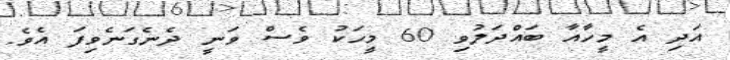
އަދި އެ މީހާއާ ބައްދަލުވި 60 މީހަކު ވެސް ވަނީ ދެނެގަނެވިފަ އެވެ.